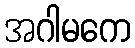
အဂါမကေ